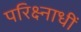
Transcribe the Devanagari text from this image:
परिक्ष्नाधीं